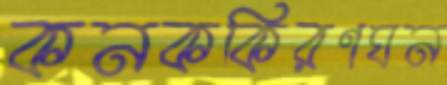
কনককিরণঘন